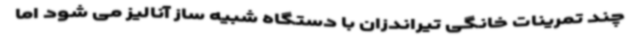
چند تمرینات خانگی تیراندزان با دستگاه شبیه ساز آنالیز می شود اما